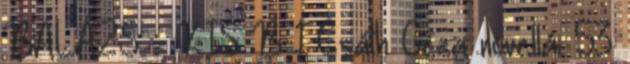
BALÁZS - KIS B 1 Csáth Géza novellái 53